Indian journal of veterinary science and animal husbandry - Volume 4,
Year: 1934
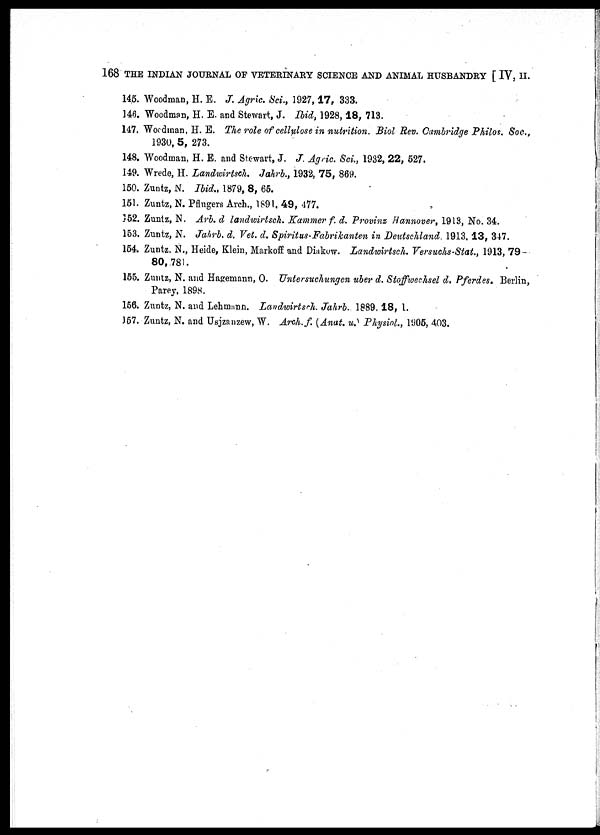
168 THE INDIAN JOURNAL OF VETERINARY SCIENCE AND ANIMAL HUSBANDRY [ IV, II.
145. Woodman, H. E. J. Agric. Sci., 1927, 17, 333.
146. Woodman, H. E. and Stewart, J. Ibid, 1928, 18, 713.
147. Woodman, H. E. The role of cellulose in nutrition. Biol Rev. Cambridge Philos. Soc.,
1930, 5, 273.
148. Woodman, H. E. and Stewart, J. J. Agric. Sci., 1932, 22, 527.
149. Wrede, H. Landwirtsch. Jakrb., 1932, 75, 869.
150. Zuntz, N. Ibid., 1879, 8, 65.
151. Zuntz, N. Pflugers Arch., 1891, 49, 477.
152. Zuntz, N. Arb. d landwirtsch. Kammer f. d. Provinz Hannover, 1913, No. 34.
153. Zuntz, N. Jahrb. d. Vet. d. Spiritus-Fabrikanten in Deutschland. 1913, 13, 347.
154. Zuntz. N., Heide, Klein, Markoff and Diakow. Landwirtsch. Versuchs-Stat., 1913, 79
80,781.
155. Zuntz, N. and Hagemann, O. Untersuchungen uber d. Stoffwechsel d. Pferdes. Berlin,
Parey, 1898.
156. Zuntz, N. and Lehmann. Landwirtsch. Jahrb. 1889, 18, 1.
157. Zuntz, N. and Usjzanzew, W. Arch. f. (Anat. u. Physiol., 1905, 403.